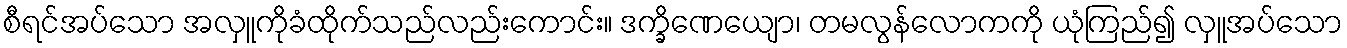
စီရင်အပ်သော အလှူကိုခံထိုက်သည်လည်းကောင်း။ ဒက္ခိဏေယျော၊ တမလွန်လောကကို ယုံကြည်၍ လှူအပ်သော